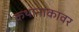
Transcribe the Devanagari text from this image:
कथानाकावर